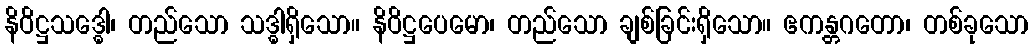
နိဝိဋ္ဌသဒ္ဓေါ၊ တည်သော သဒ္ဓါရှိသော။ နိဝိဋ္ဌပေမော၊ တည်သော ချစ်ခြင်းရှိသော။ ဧကန္တဂတော၊ တစ်ခုသော